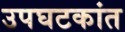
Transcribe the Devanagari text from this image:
उपघटकांत